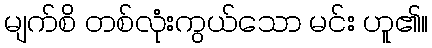
မျက်စိ တစ်လုံးကွယ်သော မင်း ဟူ၏။